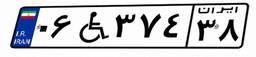
۰۰W۹۳۳۱۳